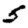
Digit: 5